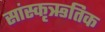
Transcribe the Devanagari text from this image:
सांस्कृऋतिक